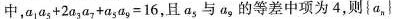
中，$$a _ { 1 } a _ { 5 } + 2 a _ { 3 } a _ { 7 } + a _ { 5 } a _ { 9 } = 1 6$$，且a_{5}与a_{9}的等差中项为4，则{a_{n}}